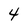
Character: 4